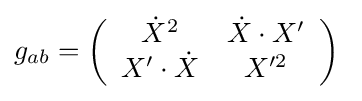
g_{ab}=\left({\begin{array}{cc}{\dot {X}}^{2}&{\dot {X}}\cdot X'\\X'\cdot {\dot {X}}&X'^{2}\end{array}}\right)\